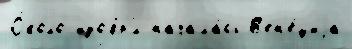
О́коло изобр'́л начала́сь В'ен'е́циjа